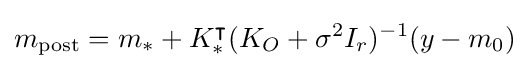
m_{\text{post}}=m_{*}+K_{*}^{\intercal }(K_{O}+\sigma ^{2}I_{r})^{-1}(y-m_{0})